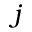
j